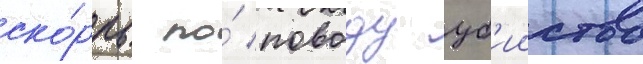
ско́рбь по́ поводу уб'ииства